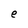
Character: e